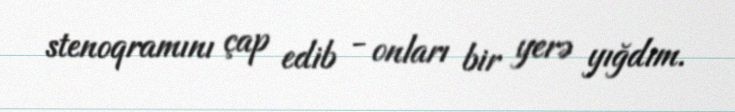
stenoqramını çap edib - onları bir yerə yığdım.